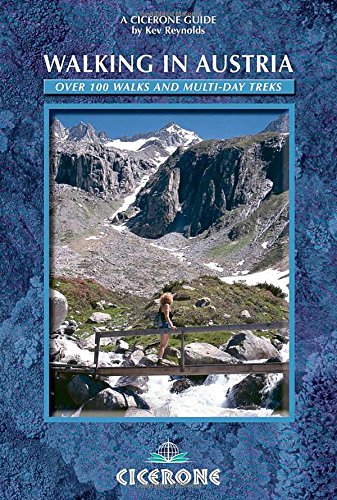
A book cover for Walking in Austria: 100 Mountain Walks in Austria (Cicerone Guides); Kev Reynolds; Travel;